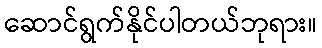
ဆောင်ရွက်နိုင်ပါတယ်ဘုရား။